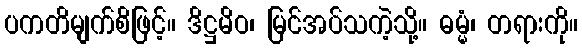
ပကတိမျက်စိဖြင့်။ ဒိဋ္ဌမိဝ၊ မြင်အပ်သကဲ့သို့။ ဓမ္မံ၊ တရားကို။